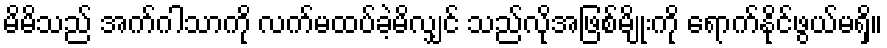
မိမိသည် အက်ဂါသာကို လက်မထပ်ခဲ့မိလျှင် သည်လိုအဖြစ်မျိုးကို ရောက်နိုင်ဖွယ်မရှိ။